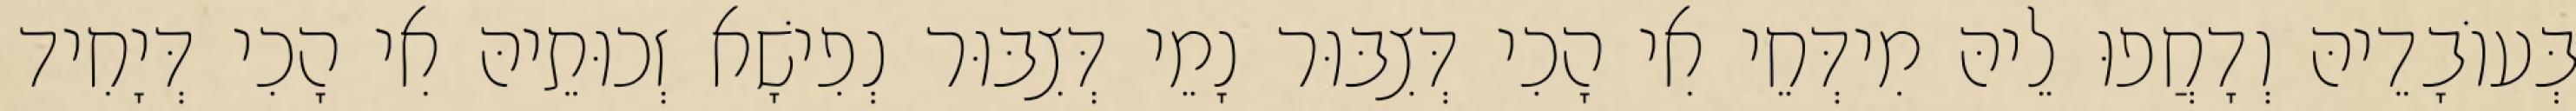
בְּעוֹבָדֵיהּ וְדָחֲפוּ לֵיהּ מִידְּחֵי אִי הָכִי דְּצִבּוּר נָמֵי דְּצִבּוּר נְפִישָׁא זְכוּתֵיהּ אִי הָכִי דְּיָחִיד